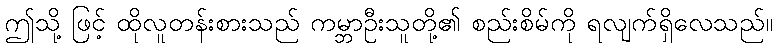
ဤသို့ ဖြင့် ထိုလူတန်းစားသည် ကမ္ဘာဦးသူတို့၏ စည်းစိမ်ကို ရလျက်ရှိလေသည်။